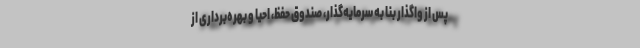
پس از واگذار بنا به سرمایه‌گذار، صندوق حفظ، احیا و بهره‌برداری از